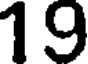
19